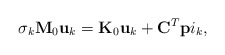
\begin{align*}\sigma_k {\bf M} _0 {\bf u}_k = {\bf K} _0 {\bf u}_k + {\bf C} ^T {\bf p}i_k,\end{align*}